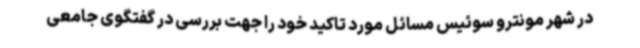
در شهر مونترو سوئیس مسائل مورد تاکید خود را جهت بررسی در گفتگوی جامعی